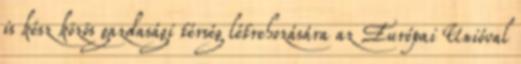
is kész közös gazdasági térség létrehozására az Európai Unióval